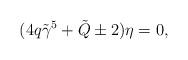
LaTeX: \begin{align*}(4q\tilde\gamma^5+\tilde Q\pm2)\eta=0,\end{align*}